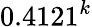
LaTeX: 0.4121^{k}